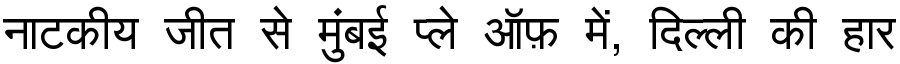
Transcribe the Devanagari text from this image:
नाटकीय जीत से मुंबई प्ले ऑफ़ में, दिल्ली की हार